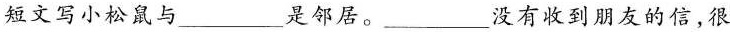
短文写小松鼠与___是邻居。___没有收到朋友的信，很